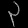
Digit: ၃